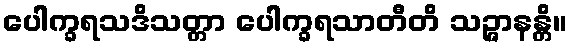
ပေါက္ခရသဒိသတ္တာ ပေါက္ခရသာတီတိ သဉ္ဇာနန္တိ။